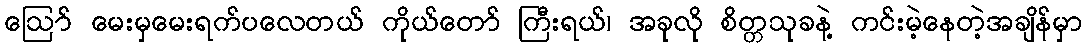
ဪ မေးမှမေးရက်ပလေတယ် ကိုယ်တော် ကြီးရယ်၊ အခုလို စိတ္တသုခနဲ့ ကင်းမဲ့နေတဲ့အချိန်မှာ